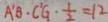
A ^ { \prime } B \cdot C ^ { \prime } G \cdot \frac { 1 } { 2 } = 1 2